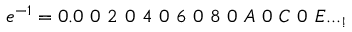
e ^ { - 1 } = 0 . 0 \ 0 \ 2 \ 0 \ 4 \ 0 \ 6 \ 0 \ 8 \ 0 \ A \ 0 \ C \ 0 \ E . . . _ { ! }